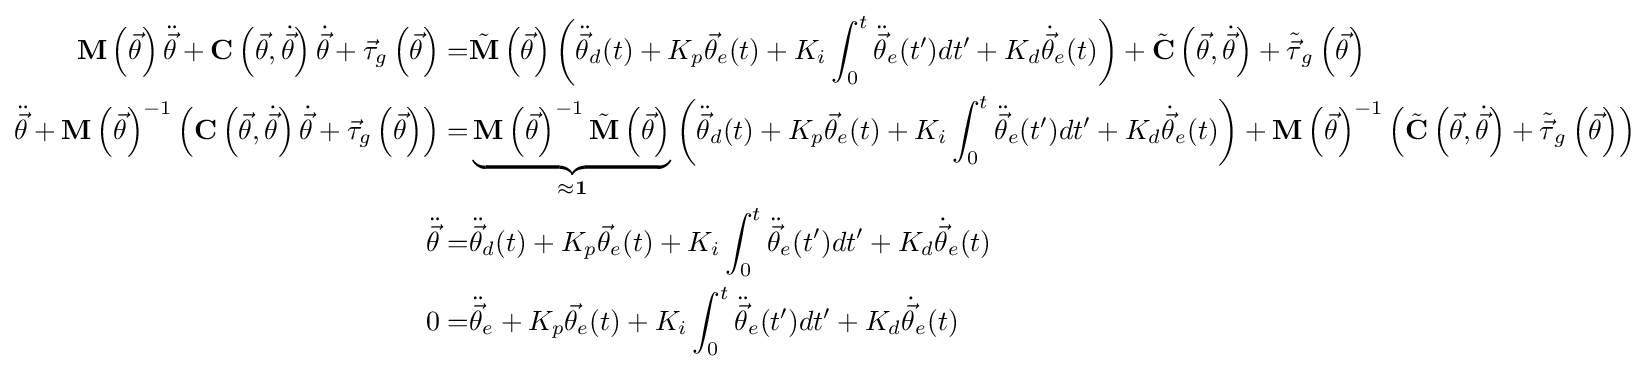
{\begin{aligned}\mathbf {M} \left({\vec {\theta }}\right){\ddot {\vec {\theta }}}+\mathbf {C} \left({\vec {\theta }},{\dot {\vec {\theta }}}\right){\dot {\vec {\theta }}}+{\vec {\tau }}_{g}\left({\vec {\theta }}\right)=&{\tilde {\mathbf {M} }}\left({\vec {\theta }}\right)\left({\ddot {\vec {\theta }}}_{d}(t)+K_{p}{\vec {\theta }}_{e}(t)+K_{i}\int _{0}^{t}{\ddot {\vec {\theta }}}_{e}(t')dt'+K_{d}{\dot {\vec {\theta }}}_{e}(t)\right)+{\tilde {\mathbf {C} }}\left({\vec {\theta }},{\dot {\vec {\theta }}}\right)+{\tilde {\vec {\tau }}}_{g}\left({\vec {\theta }}\right)\\{\ddot {\vec {\theta }}}+\mathbf {M} \left({\vec {\theta }}\right)^{-1}\left(\mathbf {C} \left({\vec {\theta }},{\dot {\vec {\theta }}}\right){\dot {\vec {\theta }}}+{\vec {\tau }}_{g}\left({\vec {\theta }}\right)\right)=&\underbrace {\mathbf {M} \left({\vec {\theta }}\right)^{-1}{\tilde {\mathbf {M} }}\left({\vec {\theta }}\right)} _{\approx \mathbf {1} }\left({\ddot {\vec {\theta }}}_{d}(t)+K_{p}{\vec {\theta }}_{e}(t)+K_{i}\int _{0}^{t}{\ddot {\vec {\theta }}}_{e}(t')dt'+K_{d}{\dot {\vec {\theta }}}_{e}(t)\right)+\mathbf {M} \left({\vec {\theta }}\right)^{-1}\left({\tilde {\mathbf {C} }}\left({\vec {\theta }},{\dot {\vec {\theta }}}\right)+{\tilde {\vec {\tau }}}_{g}\left({\vec {\theta }}\right)\right)\\{\ddot {\vec {\theta }}}=&{\ddot {\vec {\theta }}}_{d}(t)+K_{p}{\vec {\theta }}_{e}(t)+K_{i}\int _{0}^{t}{\ddot {\vec {\theta }}}_{e}(t')dt'+K_{d}{\dot {\vec {\theta }}}_{e}(t)\\0=&{\ddot {\vec {\theta }}}_{e}+K_{p}{\vec {\theta }}_{e}(t)+K_{i}\int _{0}^{t}{\ddot {\vec {\theta }}}_{e}(t')dt'+K_{d}{\dot {\vec {\theta }}}_{e}(t)\end{aligned}}